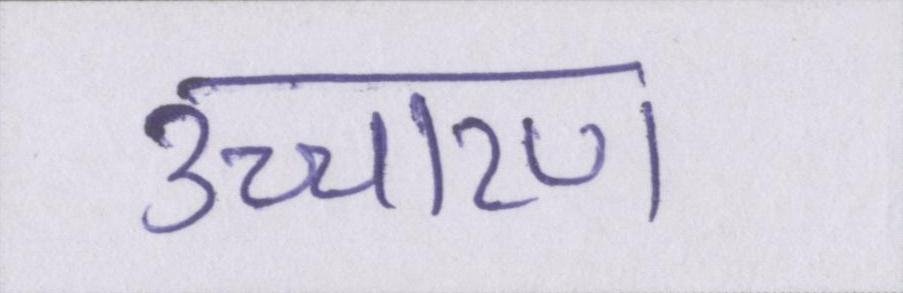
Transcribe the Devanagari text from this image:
उच्चारण